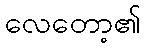
လေတော့၏